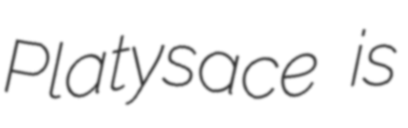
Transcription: Platysace is